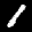
Label: 1